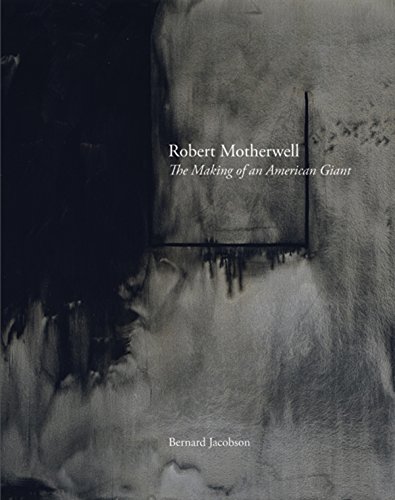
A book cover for Robert Motherwell: The Making of an American Giant; Bernard Jacobson; Arts & Photography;